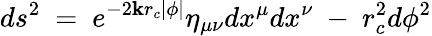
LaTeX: ds^{2}\ =\ e^{-2\mathbf{k}r_{c}|\phi|}{\eta}_{\mu\nu}dx^{\mu}dx^{\nu}\ -\ r_{c}^{2}d\phi^{2}